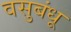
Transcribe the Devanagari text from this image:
वसुबंधू